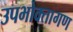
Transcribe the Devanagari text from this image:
उपभोक्‍तागण